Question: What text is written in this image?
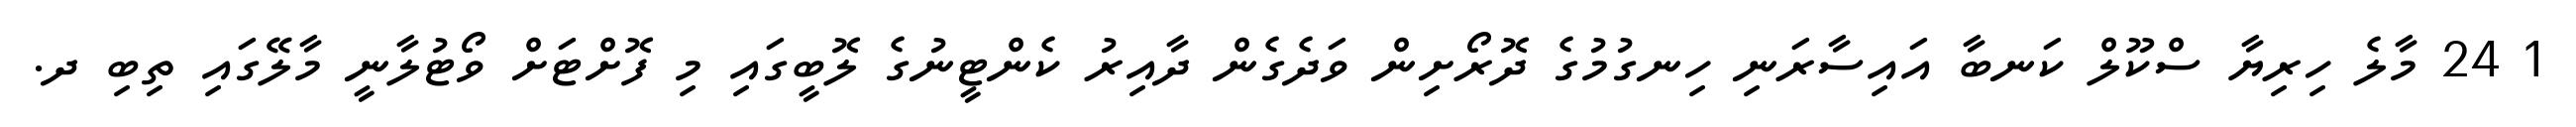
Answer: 1 24 މާލެ ހިރިޔާ ސްކޫލް ކަނބާ އައިސާރަނި ހިނގުމުގެ ދޮރޯށިން ވަދެގެން ދާއިރު ކެންޓީނުގެ ލޮބީގައި މި ފޮށްޓަށް ވޯޓުލާނީ މާލޭގައި ތިބި ދ.